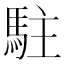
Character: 駐